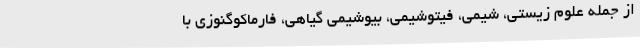
از جمله علوم زیستی، شیمی، فیتوشیمی، بیوشیمی گیاهی، فارماکوگنوزی با